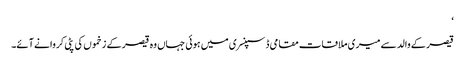
‘
قیصر کے والد سے میری ملاقات مقامی ڈسپنسری میں ہوئی جہاں وہ قیصر کے زخموں کی پٹی کروانے آئے۔